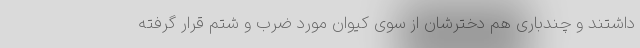
داشتند و چندباری هم دخترشان از سوی کیوان مورد ضرب و شتم قرار گرفته